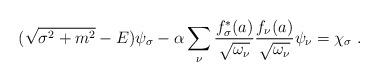
LaTeX: \begin{align*}(\sqrt{\sigma^2 + m^2 }-E)\psi_{\sigma}- \alpha \sum_{\nu} \frac{f_{\sigma}^{*}(a)}{\sqrt{\omega_{\nu}}} \frac{f_{\nu}(a)}{\sqrt{\omega_{\nu}}}\psi_{\nu} = \chi_{\sigma}\;.\end{align*}